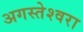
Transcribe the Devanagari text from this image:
अगस्‍तेश्‍वरा